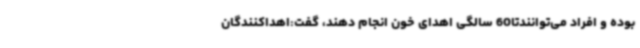
بوده و افراد می‌توانندتا60 سالگی اهدای خون انجام دهند، گفت:اهداکنندگان